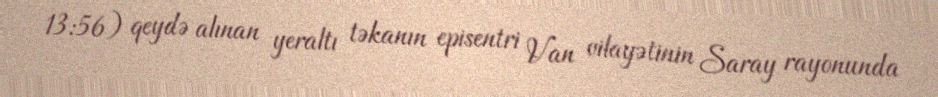
13:56) qeydə alınan yeraltı təkanın episentri Van vilayətinin Saray rayonunda